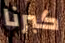
كبرنا